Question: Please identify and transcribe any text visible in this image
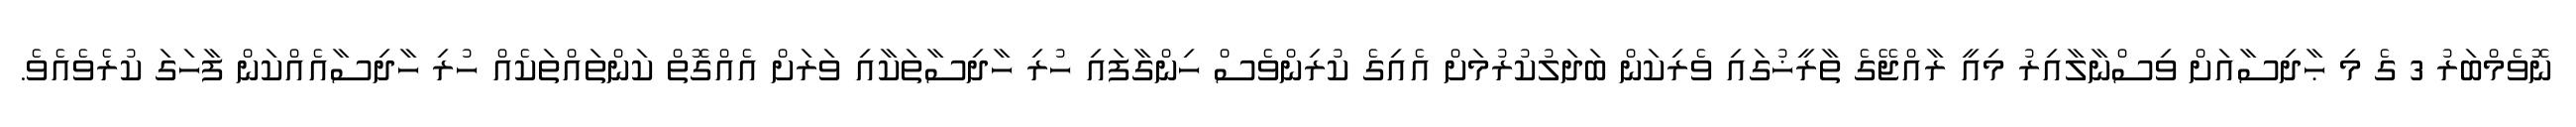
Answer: ނޮވެމްބަރު 3 ގެ މި ޙާދިސާއަށް ވިސްނާލާއިރު މިއީ ރާއްޖޭގެ ތާރީޚުގައި ވެރިކަން ބަދަލުކުރުމަށް އެއިގެ ކުރިންވެސް ހިންގާފައި ހުރި ހާދިސާތަކާއި ވަރަށް އެއްގޮތް ކަންތައްތަކެއް ހުރި ހާދިސާއެއްކަން ފާހަގަ ކުރެވެއެވެ.